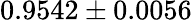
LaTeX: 0.9542\pm 0.0056